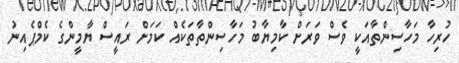
ހުރިހާ މަހާސިންތާއަކީ ވެސް ވަރަށް ކާމިޔާބު މަހާސިންތާތަކެއް ކަމަށް ރައީސް ޔާމީންގެ ކެމްޕެއިނު